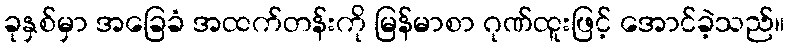
ခုနှစ်မှာ အခြေခံ အထက်တန်းကို မြန်မာစာ ဂုဏ်ထူးဖြင့် အောင်ခဲ့သည်။